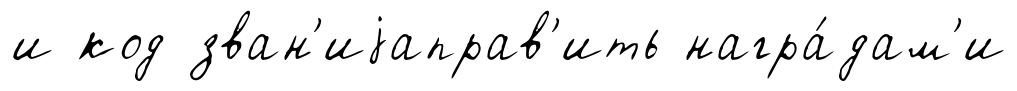
и код зван'иjаправ'ить награ́дам'и